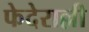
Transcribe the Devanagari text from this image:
फेदेराल्ली